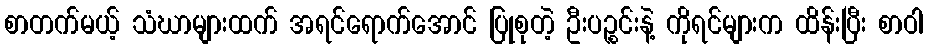
စာတက်မယ့် သံဃာများထက် အရင်ရောက်အောင် ပြုစုတဲ့ ဦးပဉ္စင်းနဲ့ ကိုရင်များက ထိန်းပြီး စာဝါ